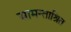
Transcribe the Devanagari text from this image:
सामन्ताश्रित